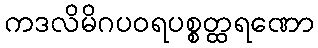
ကဒလိမိဂပဝရပစ္စတ္ထရဏော